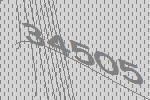
34505